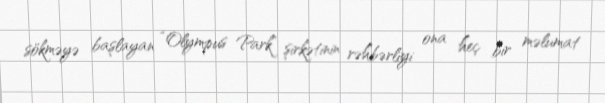
sökməyə başlayan “Olympus Park” şirkətinin rəhbərliyi ona heç bir məlumat